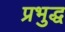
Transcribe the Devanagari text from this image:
प्रभुद्ध